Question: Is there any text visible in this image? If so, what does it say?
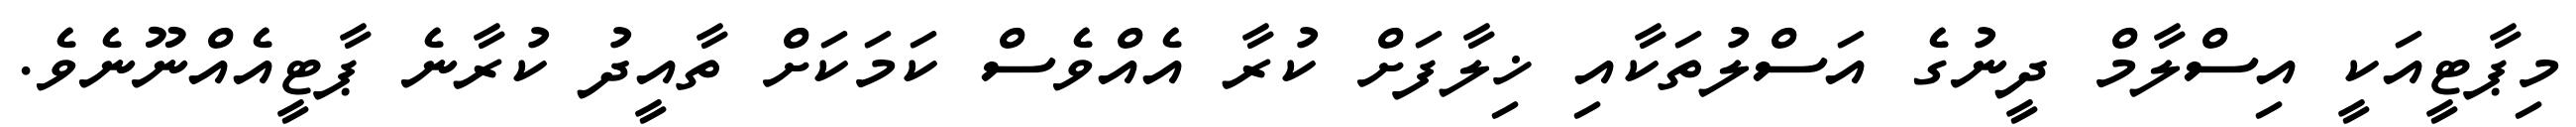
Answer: މިޕާޓީއަކީ އިސްލާމް ދީނުގެ އަސްލުތަކާއި ޚިލާފަށް ކުރާ އެއްވެސް ކަމަކަށް ތާއީދު ކުރާނެ ޕާޓީއެއްނޫނެވެ.